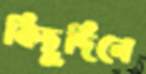
কিছুদিনে